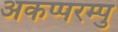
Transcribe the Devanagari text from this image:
अकप्परम्पु